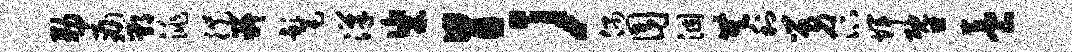
勒痛鄂洮徙嶷髦汉粢胃；偶囿涸无利舅汴辉暨养